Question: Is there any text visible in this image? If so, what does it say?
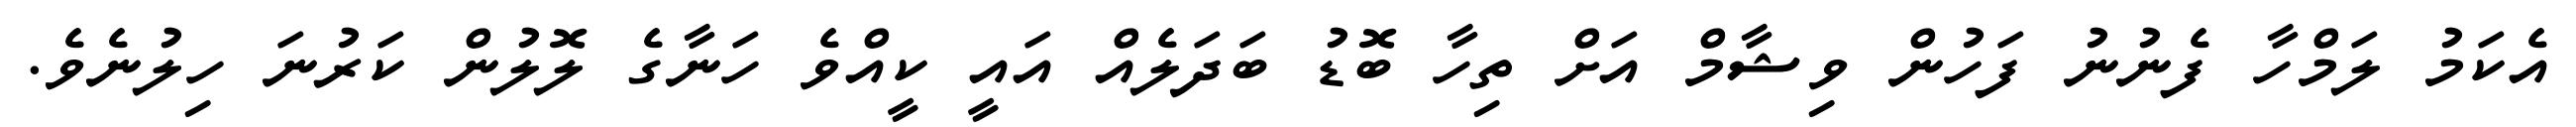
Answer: އެކަމު ލަމްހާ ފެނުނު ފަހުން ވިޝާމް އަށް ތިހާ ބޮޑު ބަދަލެއް އައީ ކީއްވެ ހަނާގެ ލޮލުން ކަރުނަ ހިލުނެވެ.